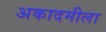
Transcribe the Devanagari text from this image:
अकादमीला